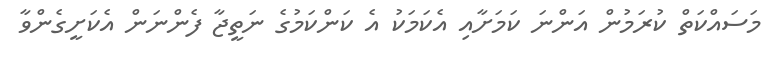
މަސައްކަތް ކުރަމުން އަންނަ ކަމަށާއި އެކަމަކު އެ ކަންކަމުގެ ނަތީޖާ ފެންނަން އެކަށީގެންވާ